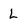
Character: L